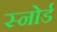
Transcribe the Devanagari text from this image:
स्नोर्ड